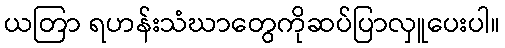
ယတြာ ရဟန်းသံဃာတွေကိုဆပ်ပြာလှူပေးပါ။